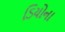
ડિયોના